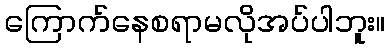
ကြောက်နေစရာမလိုအပ်ပါဘူး။